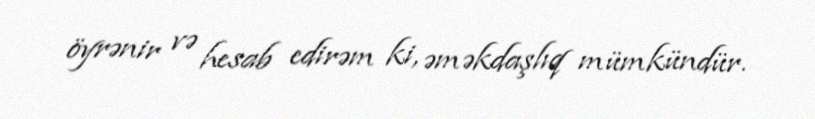
öyrənir və hesab edirəm ki, əməkdaşlıq mümkündür.